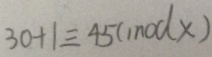
3 0 + 1 \equiv 4 5 ( m o d x )